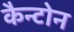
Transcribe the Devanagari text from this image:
कैन्टोन